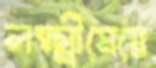
লক্ষ্মীমেয়ে